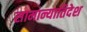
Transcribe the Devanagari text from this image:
सामान्यातिदेश